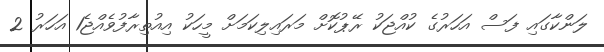
ލަންކާގައި ފަސް އަހަރުގެ ކުއްޖަކު ރޭޕުކޮށް މަރައިލިކަމަށް މީހަކު އިއުތިރާފުވެއްޖެ1 އަހަރު 2